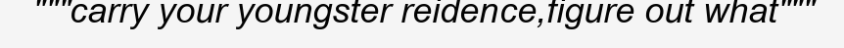
"""carry your youngster reidence,figure out what"""